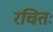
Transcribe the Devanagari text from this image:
रचितः